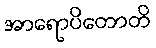
အာရောပိတောတိ